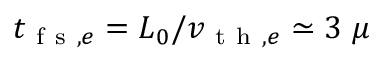
t _ { \mathrm { ~ f ~ s ~ } , e } = L _ { 0 } / v _ { \mathrm { ~ t ~ h ~ } , e } \simeq 3 ~ \mu